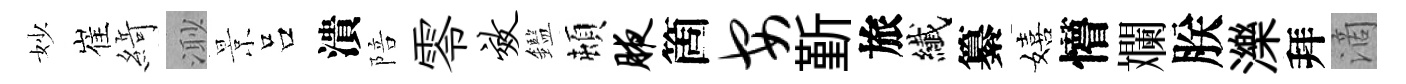
妙崔𦂶𣺌景吕潰陪零效鑑頓腋箇安斳旅纎纂嬉懵斕朕濼拜滴